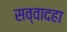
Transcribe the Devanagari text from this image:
सव्वादहा